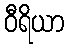
ဝီရိယာ